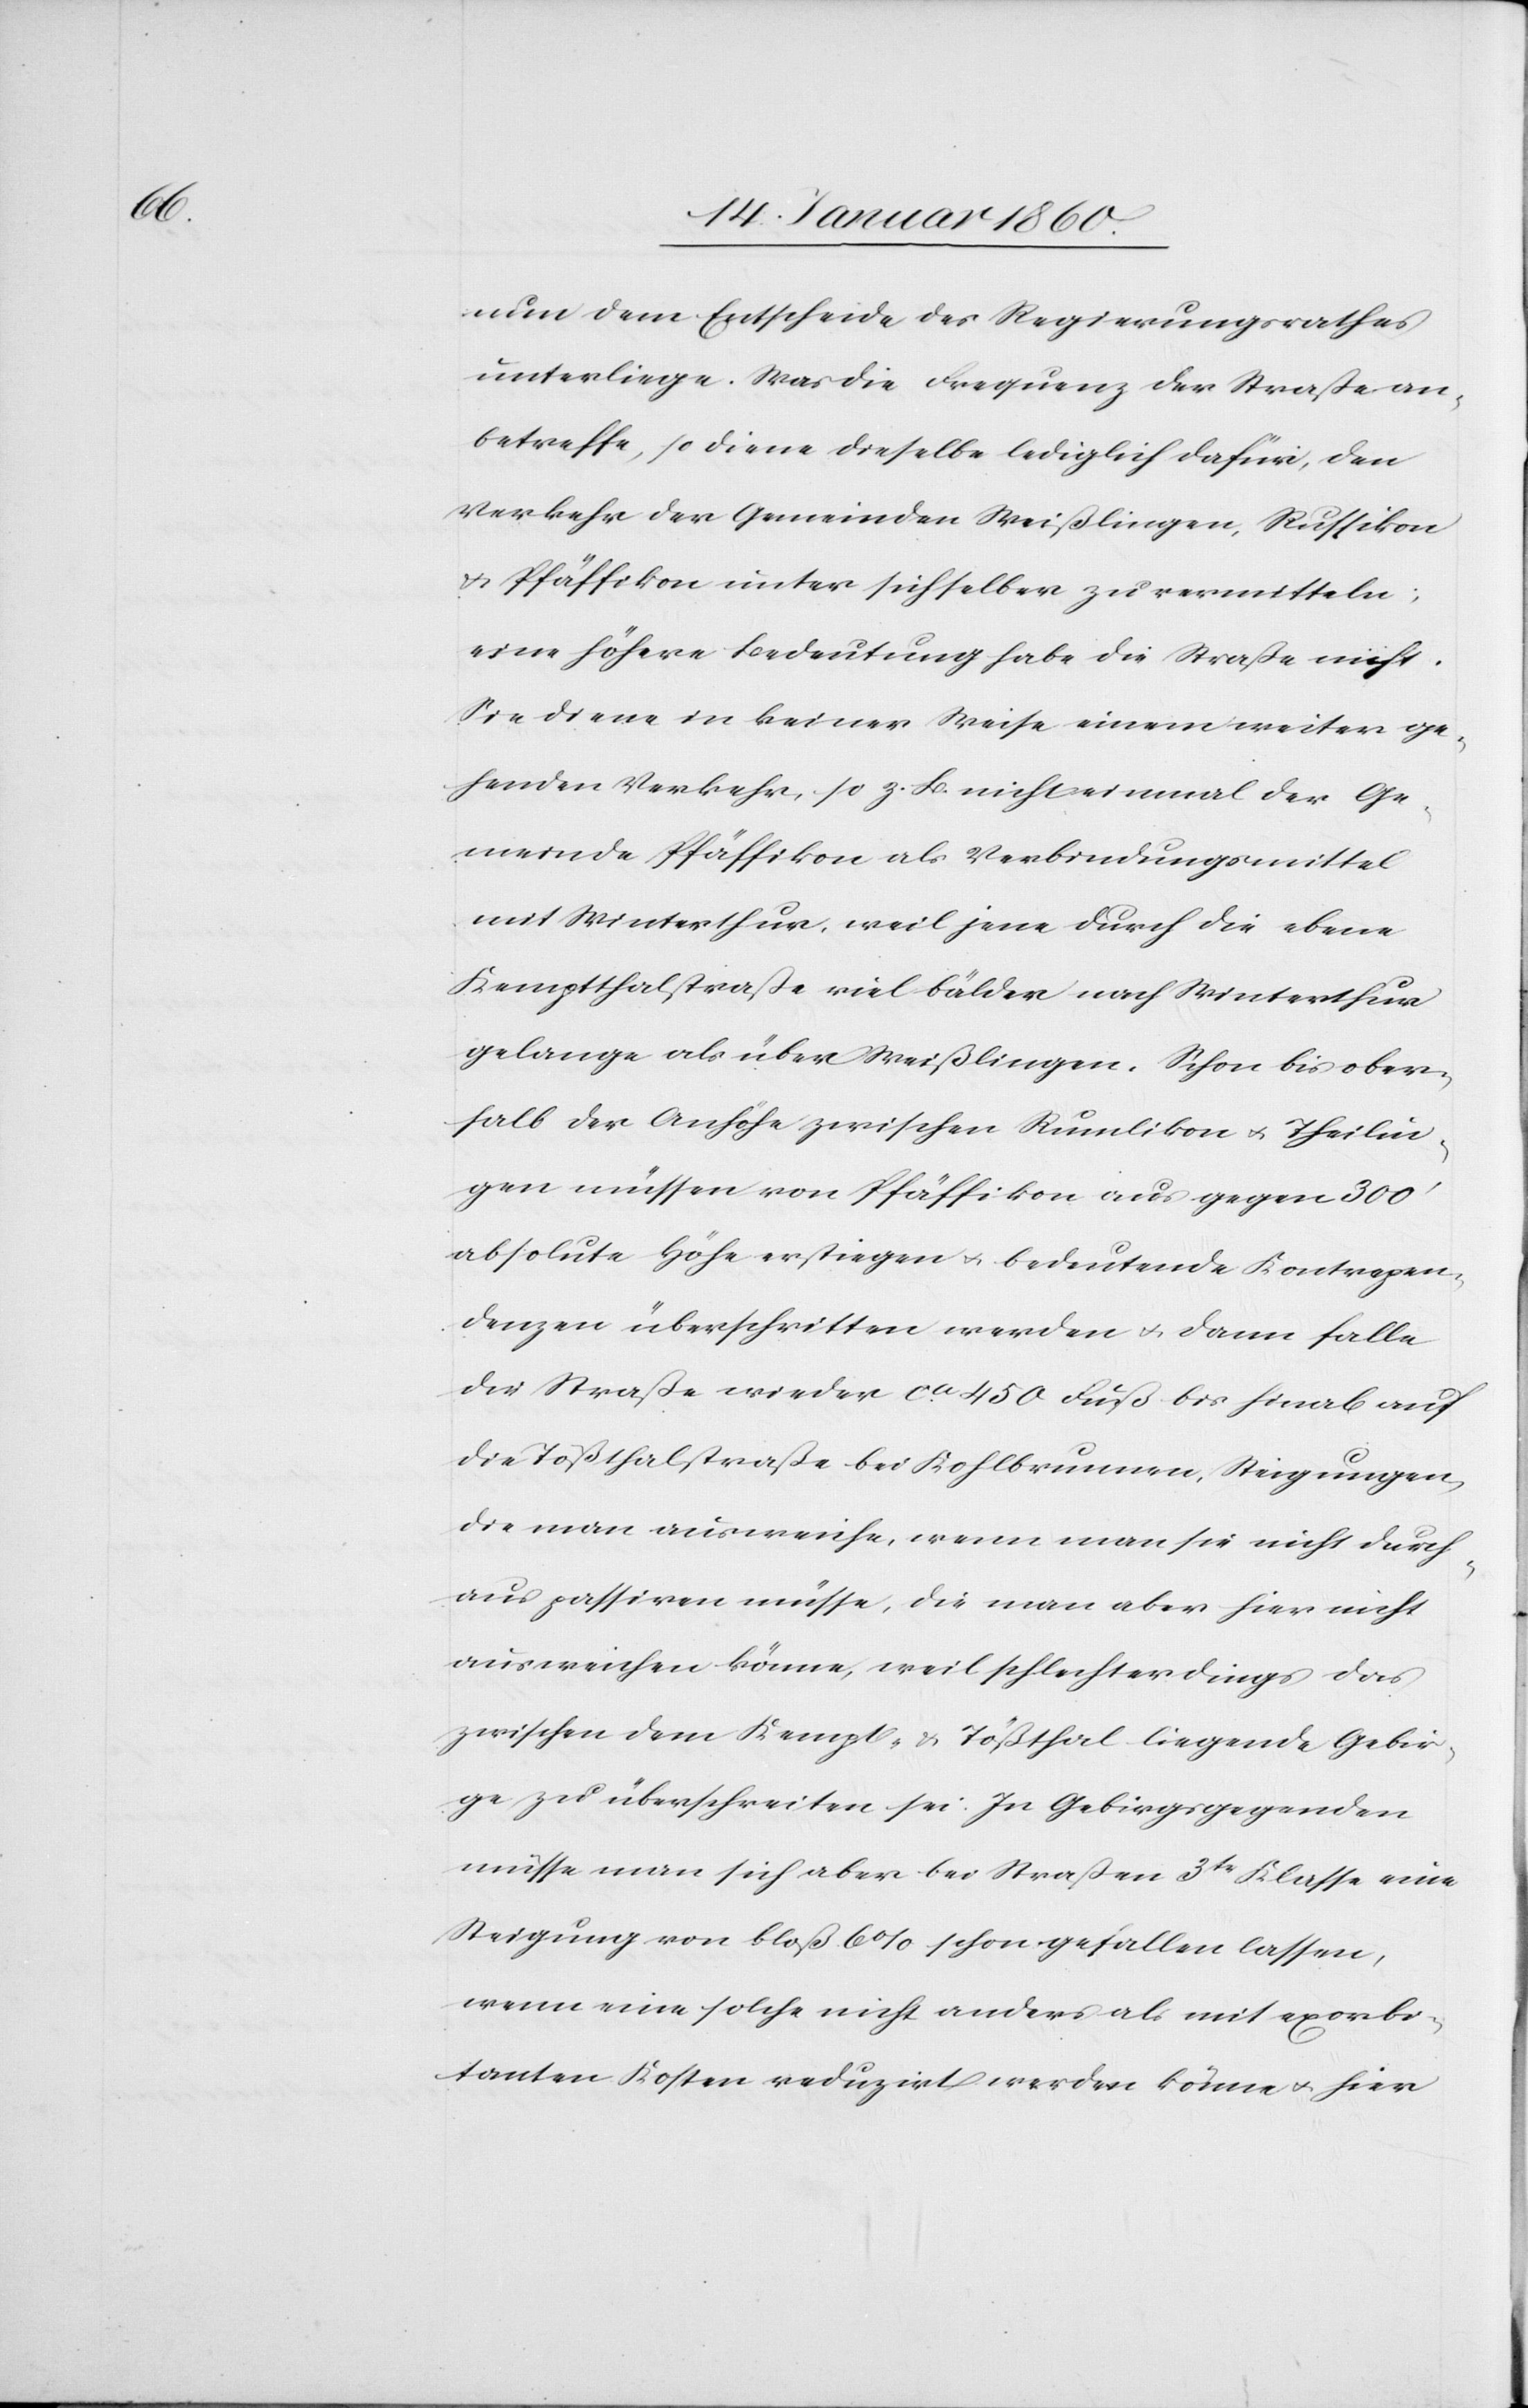
nun dem Entscheide des Regierungsrathes
unterliege. Was die Frequenz der Straße an¬
betreffe, so diene dieselbe lediglich dafür, den
Verkehr der [sic!] Gemeinden Weißlingen, Russikon
u. Pfäffikon unter sich selber zu vermitteln,
eine höhere Bedeutung habe die Straße nicht.
Sie diene in keiner Weise einem weiter ge¬
henden Verkehr, so z. B. nicht einmal der Ge¬
meinde Pfäffikon als Verbindungsmittel
mit Winterthur, weil jene durch die ebene
Kemptthalstraße viel bälder nach Winterthur
gelange als über Weißlingen. Schon bis ober¬
halb der Anhöhe zwischen Rumlikon u. Theilin¬
gen müssen von Pfäffikon aus gegen 300’
absolute Höhe erstiegen u. bedeutende Kontrapen¬
denzen überschritten werden u. dann falle
die Straße wieder ca 450. Fuß bis hinab auf
die Tößthalstraße bei Kohlbrunnen, Steigerungen,
die man ausweiche, wenn man sie nicht durch¬
aus passiren müsse, die man aber hier nicht
ausweichen könne, weil schlechter Dings das
zwischen dem Kempt- u. Tößthal liegende Gebir¬
ge zu überschreiten sei. In Gebirgsgegenden
müsse man sich aber bei Straßen 3te Klasse eine
Steigung von bloß 6 % schon gefallen lassen,
wenn eine solche nicht anders als mit exporbi¬
tanten Kosten reduzirt werden könne u. hier